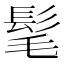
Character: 髦